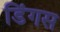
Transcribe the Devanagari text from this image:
डिंगस